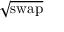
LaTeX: \sqrt { \mathrm { s w a p } }